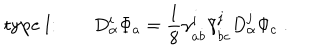
\mathrm { t y p e ~ I : } \qquad D _ { \alpha } ^ { i } \Phi _ { a } = { \frac { 1 } { 8 } } \gamma _ { a \dot { b } } ^ { i } \tilde { \gamma } _ { \dot { b } c } ^ { j } D _ { \alpha } ^ { j } \Phi _ { c } \; .